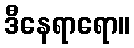
ဒီနေရာရော။